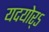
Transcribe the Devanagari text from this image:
यदयोर्ऽ